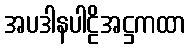
အပဒါနပါဠိအဋ္ဌကထာ